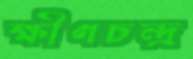
ক্ষীণচন্দ্র